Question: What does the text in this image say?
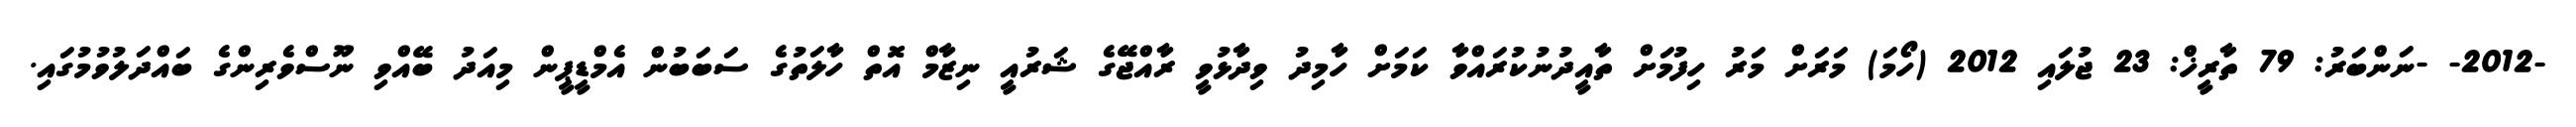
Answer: -2012- -ނަންބަރު: 79 ތާރީޚް: 23 ޖުލައި 2012 (ހޯމަ) މަރަށް މަރު ހިފުމަށް ތާއީދުނުކުރައްވާ ކަމަށް ހާމިދު ވިދާޅުވީ ރާއްޖޭގެ ޝަރުއީ ނިޒާމް އޮތް ހާލަތުގެ ސަބަބުން އެމްޑީޕީން މިއަދު ބޭއްވި ނޫސްވެރިންގެ ބައްދަލުވުމުގައި.